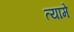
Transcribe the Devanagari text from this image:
त्यामे